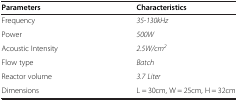
<table><thead><tr><td><b>Parameters</b></td><td><b>Characteristics</b></td></tr></thead><tbody><tr><td>Frequency</td><td><i>35-130kHz</i></td></tr><tr><td>Power</td><td><i>500W</i></td></tr><tr><td>Acoustic Intensity</td><td><i>2.5W/cm</i><sup><i>2</i></sup></td></tr><tr><td>Flow type</td><td><i>Batch</i></td></tr><tr><td>Reactor volume</td><td><i>3.7 Liter</i></td></tr><tr><td>Dimensions</td><td>L = 30cm, W = 25cm,H = 32cm</td></tr></tbody></table>